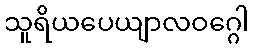
သူရိယပေယျာလဝဂ္ဂေါ